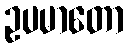
ဥပမာတော